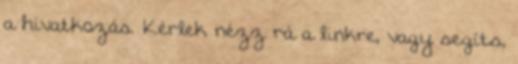
a hivatkozás. Kérlek nézz rá a linkre, vagy segíts,